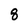
Character: 8